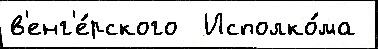
в'енг'е́рского  Исполко́ма